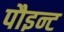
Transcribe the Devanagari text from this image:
पौइन्ट